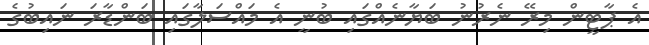
އެ ޕާޓީން މިރޭ ނެރުނު ބަޔާނެއްގައި ބުނީ އެ މައްސަލާގައި ބަންޑާރަ ނައިބުގެ